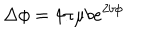
\Delta \phi = 4 \pi \mu b e ^ { 2 b \phi }